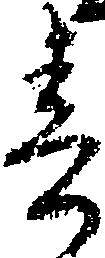
春